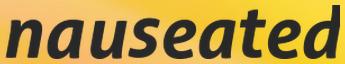
nauseated